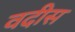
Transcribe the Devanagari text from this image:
वदीस